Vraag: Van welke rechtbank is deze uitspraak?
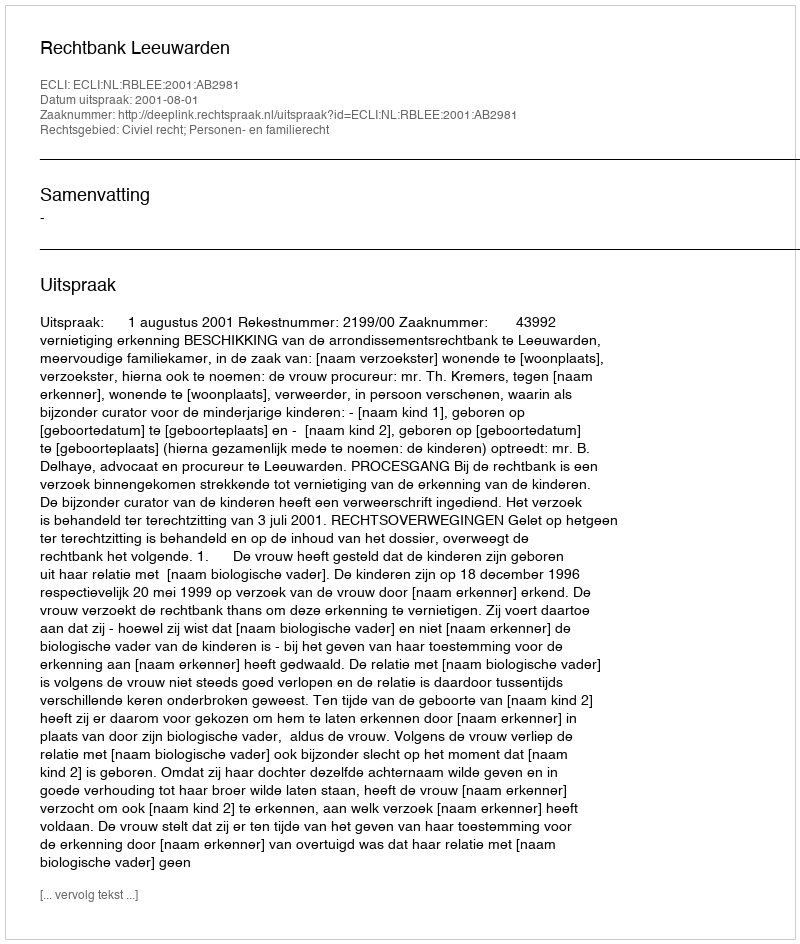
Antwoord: Rechtbank Leeuwarden